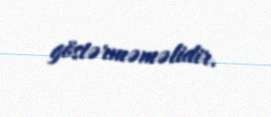
göstərməməlidir.